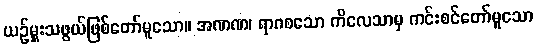
ယဉ်မှူးသဖွယ်ဖြစ်တော်မူသော။ အဏဏ၊ ရာဂစသော ကိလေသာမှ ကင်းစင်တော်မူသော